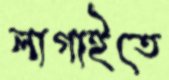
লাগাইতে